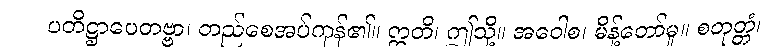
ပတိဋ္ဌာပေတဗ္ဗာ၊ တည်စေအပ်ကုန်၏။ ဣတိ၊ ဤသို့။ အဝေါစ၊ မိန့်တော်မူ။ စတုတ္တံ၊